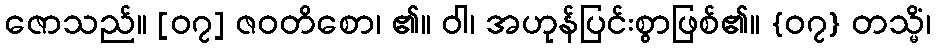
ဇောသည်။ [၀၇] ဇဝတိစော၊ ၏။ ဝါ၊ အဟုန်ပြင်းစွာဖြစ်၏။ {၀၇} တသ္မိံ၊